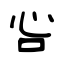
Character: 吢